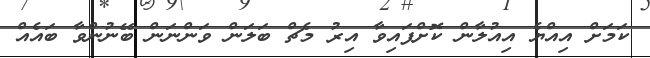
ކަމަށް އިއްޔެ އިއުލާން ކޮށްފައިވާ އިރު މެޗް ބަލަން ވަންނަން ބޭނުންވާ ބައެއް